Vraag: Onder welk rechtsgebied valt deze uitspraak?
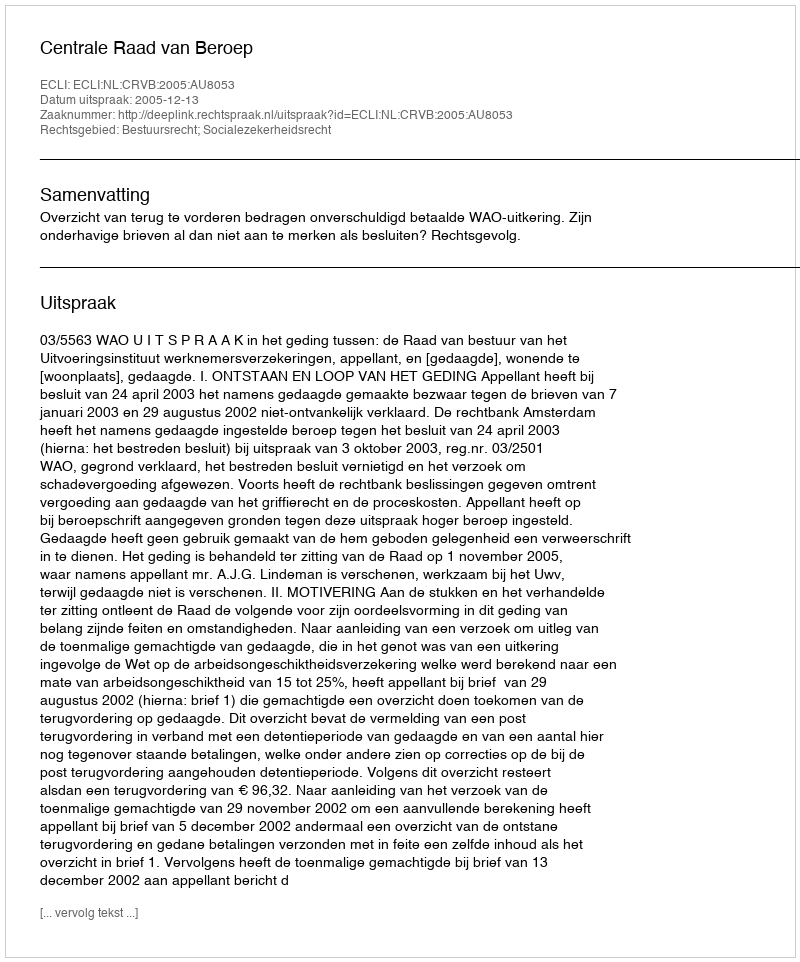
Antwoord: Bestuursrecht; Socialezekerheidsrecht